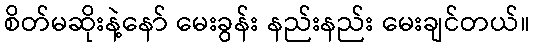
စိတ်မဆိုးနဲ့နော် မေးခွန်း နည်းနည်း မေးချင်တယ်။